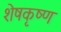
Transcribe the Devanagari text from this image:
शेषकृष्ण